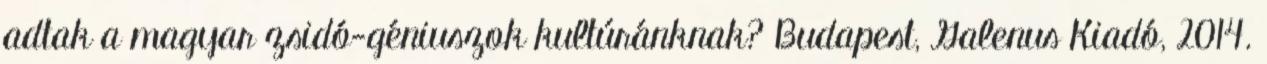
adtak a magyar zsidó-géniuszok kultúránknak? Budapest, Galenus Kiadó, 2014.